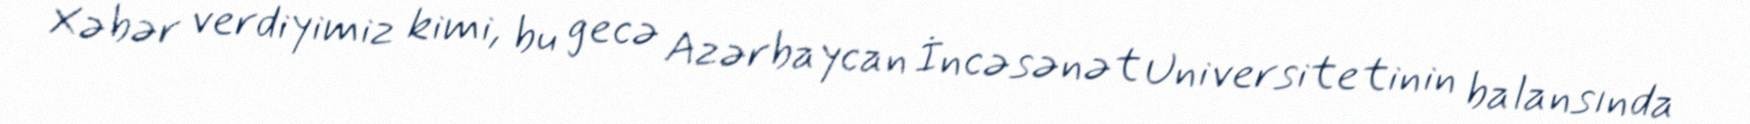
Xəbər verdiyimiz kimi, bu gecə Azərbaycan İncəsənət Universitetinin balansında